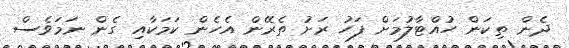
ދެން ތިކަން ހުއްޓާލުމަށް ފަހު ރަށު ތެރޭން އެހެން ކަމަކާއި ގެން ނަމަވެސް